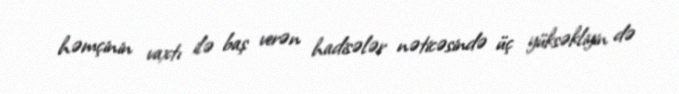
həmçinin vaxtı ilə baş verən hadisələr nəticəsində üç yüksəkliyin də